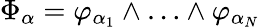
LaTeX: \Phi_{\alpha}=\varphi_{\alpha_{1}}\wedge\ldots\wedge\varphi_{\alpha_{N}}